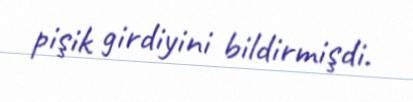
pişik girdiyini bildirmişdi.